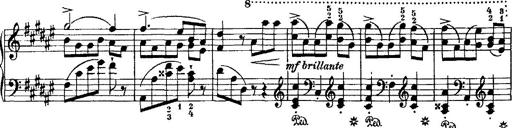
Title: Grande valse di bravura
Composer: Franz Liszt